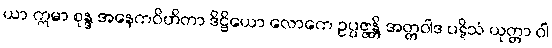
ယာ ဣမာ စုန္ဒ အနေကဝိဟိတာ ဒိဋ္ဌိယော လောကေ ဥပ္ပဇ္ဇန္တိ အတ္တဝါဒ ပဋိသံ ယုတ္တာ ဝါ